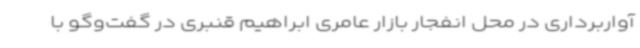
آواربرداری در محل انفجار بازار عامری ابراهیم قنبری در گفت‌وگو با